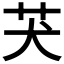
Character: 𦬫